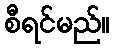
စီရင်မည်။